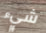
شيء